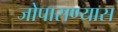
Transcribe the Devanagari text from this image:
जोपासण्यास